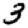
Digit: 3